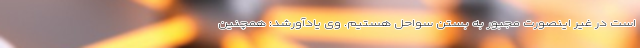
است در غیر اینصورت مجبور به بستن سواحل هستیم. وی یادآورشد: همچنین